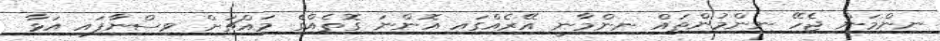
ނިންމަން ޖެހޭ ނިންމުންތައް ނިންމާނީ އޭރެއްގައި އޮންނަ ގޮތެއްގެ މައްޗަށް ވިސްނާފައި އަޅާ